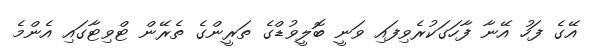
އޭގެ ފަހު އޭނާ ފާހަގަކުރެވިފައި ވަނީ ބޮލީވުޑްގެ ތަރީންގެ ތެރޭން ޓްވިޓާގައި އެންމެ